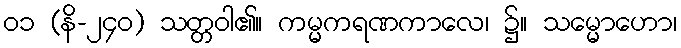
၀၁ (နိ-၂၄၀) သတ္တဝါ၏။ ကမ္မကရဏကာလေ၊ ၌။ သမ္မောဟော၊